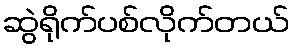
ဆွဲရိုက်ပစ်လိုက်တယ်